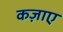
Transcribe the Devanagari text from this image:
कज़ाए